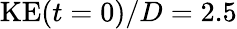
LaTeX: \mathrm{KE}(t=0)/D=2.5